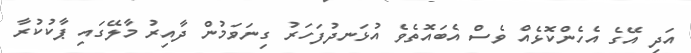
އަދި އޭގެ އެހެންކޮޅެއް ވެސް އެބައޮތެވެ އުޅަނދުފަހަރު ގިނަވަމުން ދާއިރު މާލޭގައި ޕާކުކުރާ